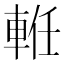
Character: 𨋶